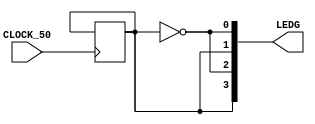
module trab2( input CLOCK_50, output [3:0]LEDG);

	reg [31:0] cont = 0;
	reg pisca = 1;

	assign LEDG[0] = ~pisca;
	assign LEDG[1] = pisca;
	assign LEDG[2] = ~pisca;
	assign LEDG[3] = pisca;

   
	always @(posedge CLOCK_50) begin
		cont <= cont + 1;
		if(contador == 25000000) begin
			pisca <= ~pisca;
			contador <= 0;
		end
	end
endmodule